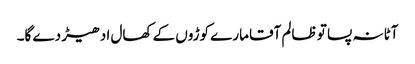
آٹا نہ پسا تو ظالم آقا مارے کوڑوں کے کھال ادھیڑ دے گا۔